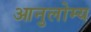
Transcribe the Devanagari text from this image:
आनुलोम्य